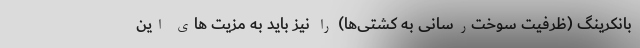
بانکرینگ (ظرفیت سوخت‌رسانی به کشتی‌ها) را نیز باید به مزیت های این